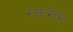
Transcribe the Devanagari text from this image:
रक्तरोग